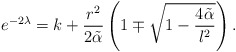
\begin{align*}e^{-2\lambda}= k+\frac{r^2}{2\tilde\alpha}\left(1 \mp \sqrt{1- \frac{4\tilde\alpha}{l^2}}\right).\end{align*}